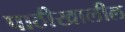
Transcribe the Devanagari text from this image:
पाठीखालील